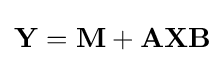
\mathbf {Y} =\mathbf {M} +\mathbf {A} \mathbf {X} \mathbf {B}